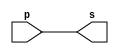
// -------------------------
// Exemplo0001 - buffer
// Nome: Ana Paula da Silva
// -------------------------
// -------------------------
// -- buffer
// -------------------------
module buffer (output s, input p);
assign s = p; // criar vinculo permanente
// (dependencia)
endmodule // buffer
// -------------------------
// -- test buffer
// -------------------------
module testbuffer;
// ------------------------- dados locais
reg a; // definir registrador
// (variavel independente)
wire s; // definir conexao (fio)
// (variavel dependente )
// ------------------------- instancia
buffer BF1 (s, a);
// ------------------------- preparacao
initial begin:start
a=0; // valor inicial
end
// ------------------------- parte principal
initial begin:main
// execucao unitaria
$display("Exemplo 0001 - Ana Paula da Silva- 471906");
$display("Test buffer:");
$display("\t time\ta = s");
// execucao permanente
$monitor("%d\t%b = %b", $time, a, s);
// apos uma unidade de tempo
// mudar valor do registrador para 0
#1 a=1;
// apos duas unidades de tempo
// mudar valor do registrador para 1
#2 a=0;
end
endmodule // testbuffer